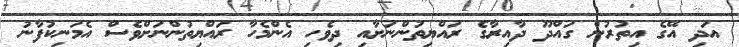
އަދި އޭގެ އިތުރުން ގައްދޫ ދާއިރާގެ ރައްޔިތުންނަށާއި ދިވެހި އެންމެހާ ރައްޔިތުންނަށްވެސް އެމަނިކުފާނު